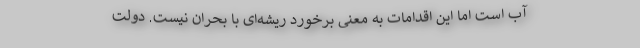
آب است اما این اقدامات به معنی برخورد ریشه‌ای با بحران نیست. دولت